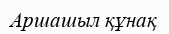
Аршашыл құнақ